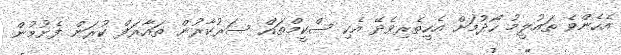
އެހެންވެ ތައުލީމު ހޯދުމަށް އެހީތެރިވެދޭ އެކި ސްކީމްތައް ސަރުކާރުން ތައާރަފް ކުރަން ފެށުމުން